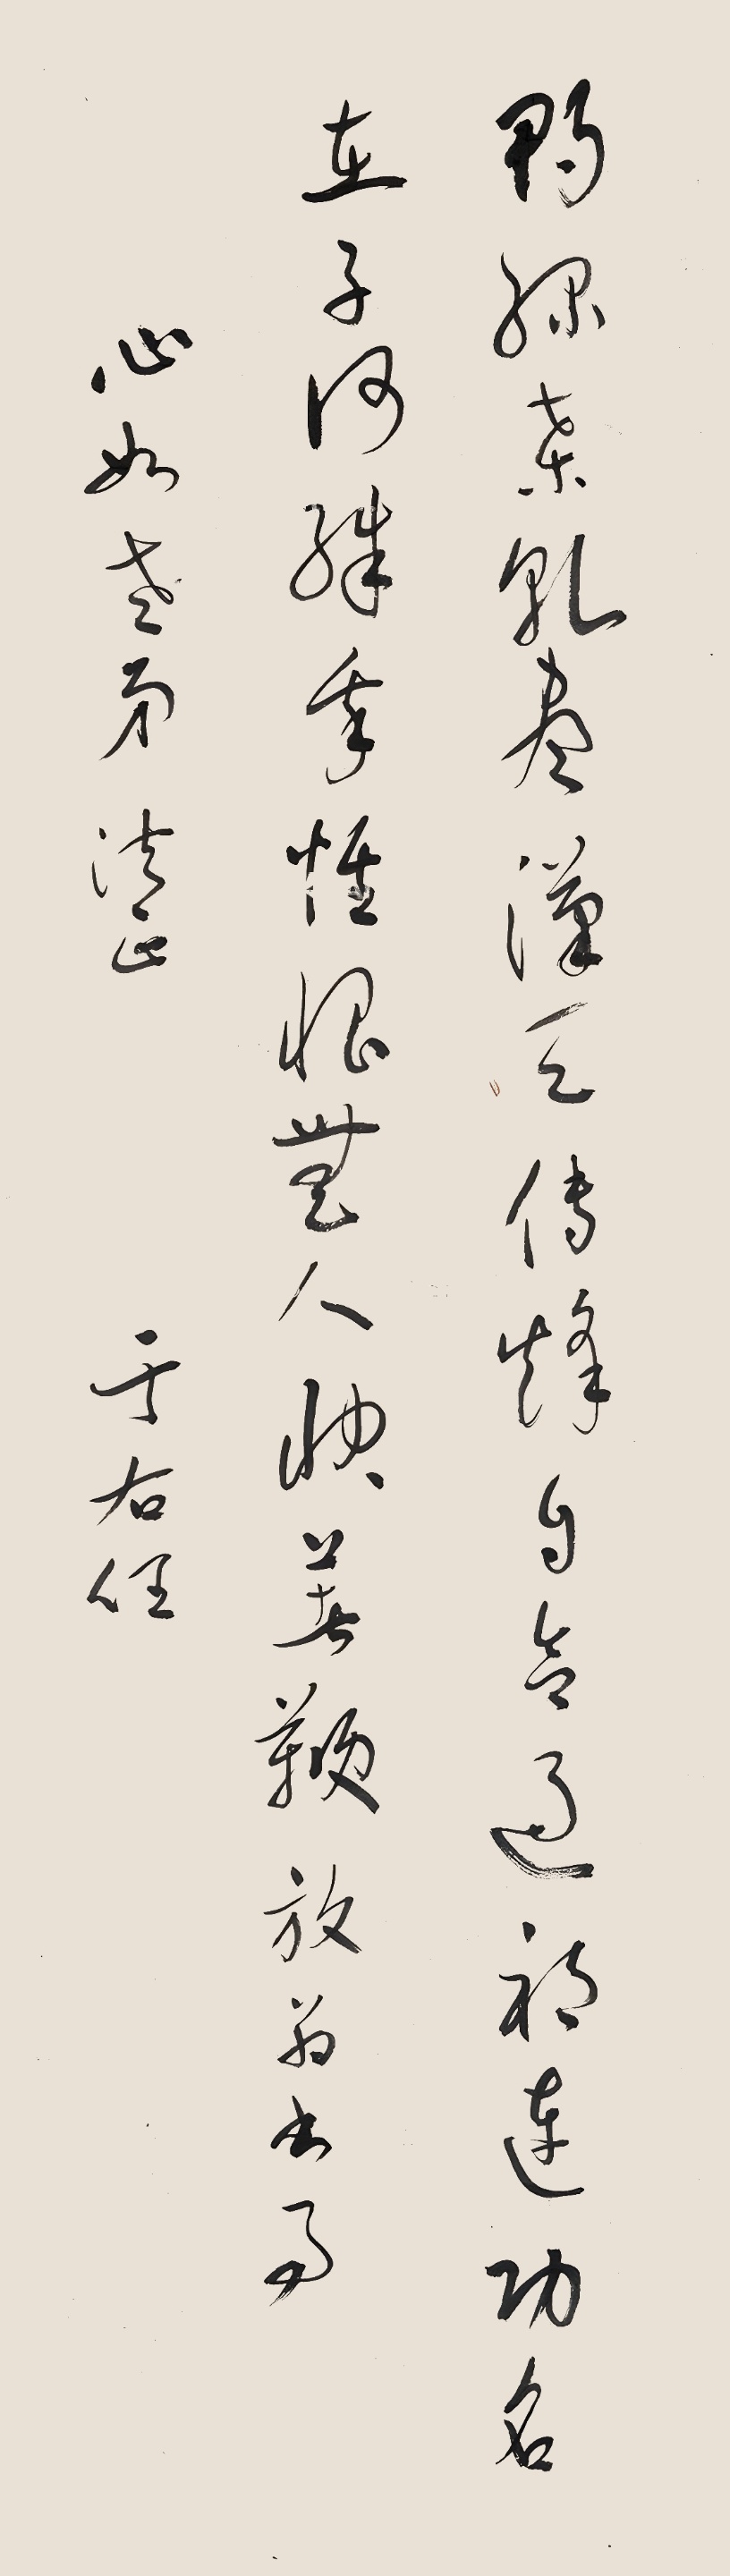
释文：鸭绿桑干尽汉天，传烽自合过祁连。功名在子何殊我，惟恨无人快著鞭。放翁书为心如老弟法正，于右任。